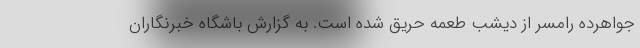
جواهرده رامسر از دیشب طعمه حریق شده است. به گزارش باشگاه خبرنگاران